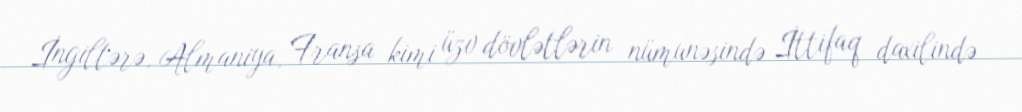
İngiltərə, Almaniya, Fransa kimi üzv dövlətlərin nümunəsində İttifaq daxilində